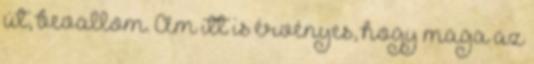
út, bevallom. Ám itt is érvényes, hogy maga az